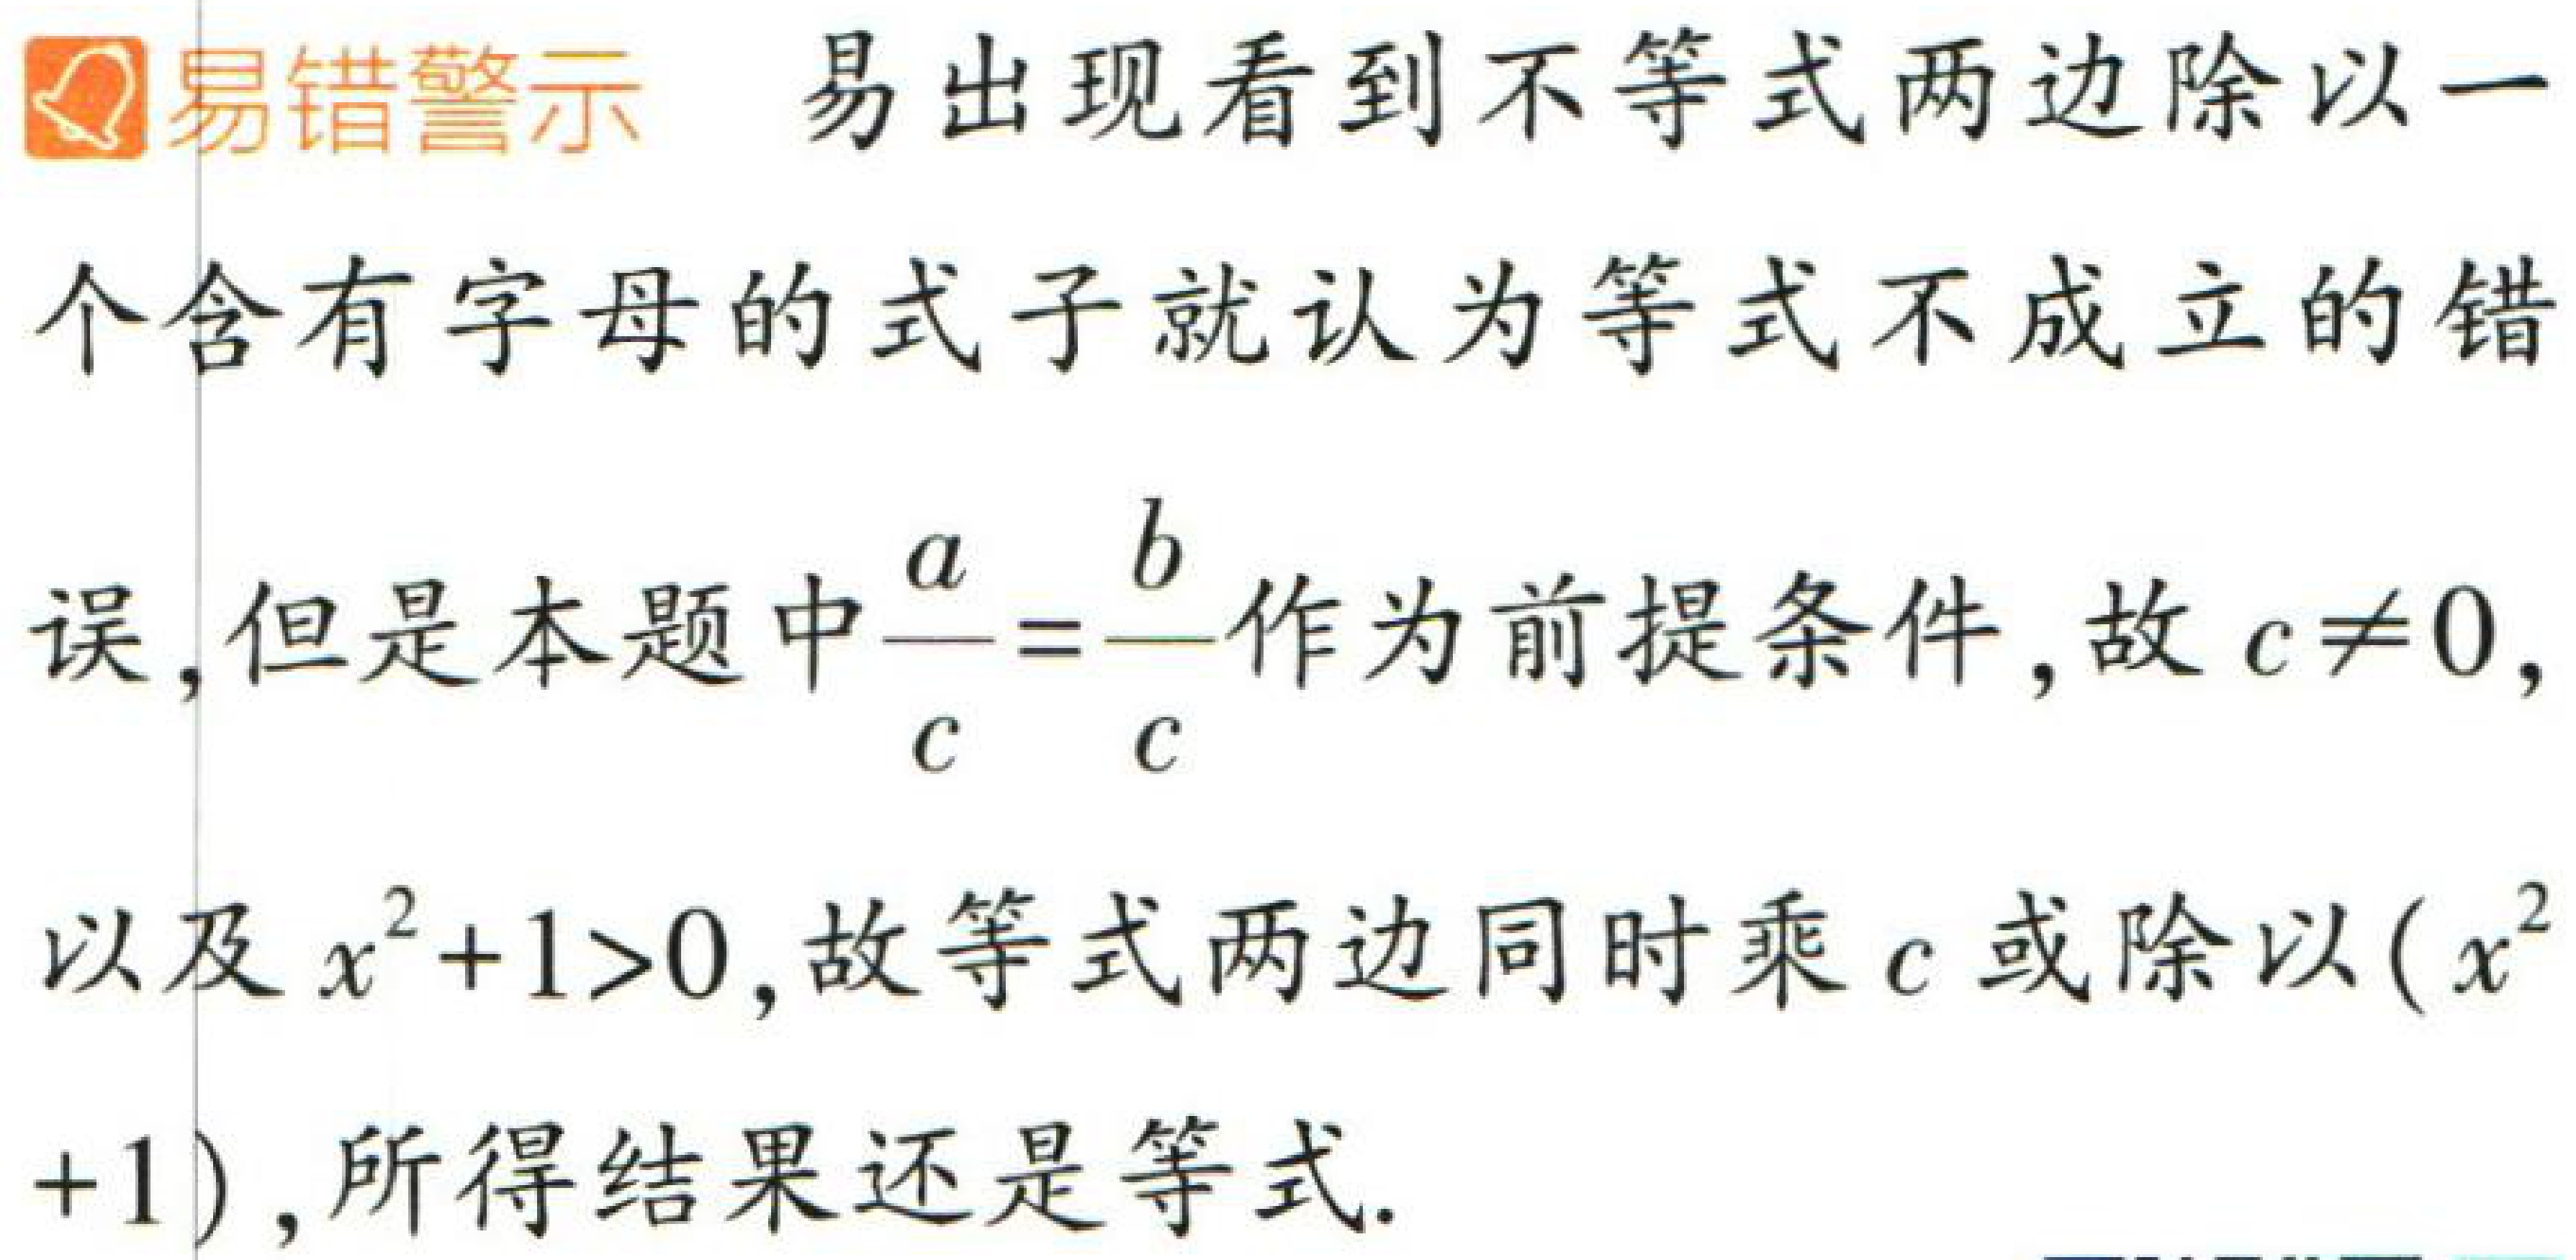
易错警示 易出现看到不等式两边除以一

个含有字母的式子就认为等式不成立的错

误，但是本题中$\frac{a}{c}=\frac{b}{c}$作为前提条件，故$c\neq0,$

以及$x^{2}+1>0$，故等式两边同时乘$c$或除以$(x^{2}$

$+1)$，所得结果还是等式.